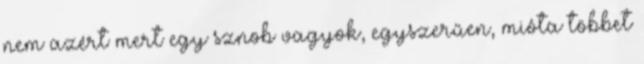
nem azért mert egy sznob vagyok, egyszerűen, mióta többet